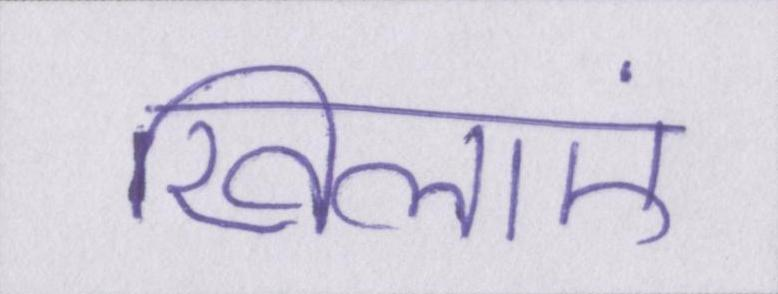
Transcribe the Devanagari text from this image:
खिलाएं